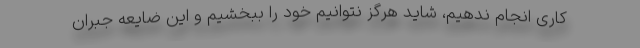
کاری انجام ندهیم، شاید هرگز نتوانیم خود را ببخشیم و این ضایعه جبران